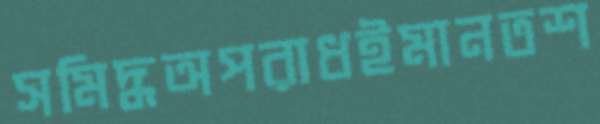
সমিদ্ধঅপরাধইমানতশ